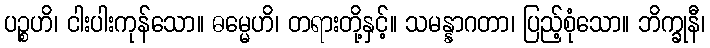
ပဉ္စဟိ၊ ငါးပါးကုန်သော။ ဓမ္မေဟိ၊ တရားတို့နှင့်။ သမန္နာဂတာ၊ ပြည့်စုံသော။ ဘိက္ခုနီ၊